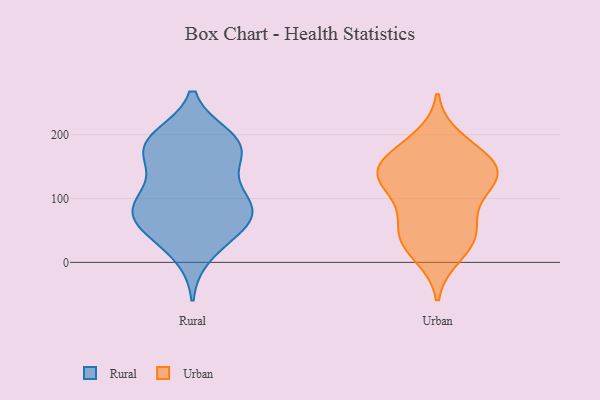
{"axis": {"x": "Bounce Rate (%)", "y": "Value"}, "legend": ["Rural", "Urban"], "data": [{"x": "", "y": 170, "type": "Rural"}, {"x": "", "y": 145, "type": "Rural"}, {"x": "", "y": 177, "type": "Rural"}, {"x": "", "y": 90, "type": "Rural"}, {"x": "", "y": 91, "type": "Rural"}, {"x": "", "y": 65, "type": "Rural"}, {"x": "", "y": 107, "type": "Rural"}, {"x": "", "y": 50, "type": "Rural"}, {"x": "", "y": 193, "type": "Rural"}, {"x": "", "y": 196, "type": "Rural"}, {"x": "", "y": 12, "type": "Rural"}, {"x": "", "y": 49, "type": "Rural"}, {"x": "", "y": 189, "type": "Rural"}, {"x": "", "y": 90, "type": "Rural"}, {"x": "", "y": 61, "type": "Rural"}, {"x": "", "y": 89, "type": "Rural"}, {"x": "", "y": 176, "type": "Rural"}, {"x": "", "y": 133, "type": "Urban"}, {"x": "", "y": 60, "type": "Urban"}, {"x": "", "y": 146, "type": "Urban"}, {"x": "", "y": 33, "type": "Urban"}, {"x": "", "y": 147, "type": "Urban"}, {"x": "", "y": 11, "type": "Urban"}, {"x": "", "y": 34, "type": "Urban"}, {"x": "", "y": 120, "type": "Urban"}, {"x": "", "y": 129, "type": "Urban"}, {"x": "", "y": 162, "type": "Urban"}, {"x": "", "y": 89, "type": "Urban"}, {"x": "", "y": 135, "type": "Urban"}, {"x": "", "y": 49, "type": "Urban"}, {"x": "", "y": 193, "type": "Urban"}, {"x": "", "y": 172, "type": "Urban"}]}